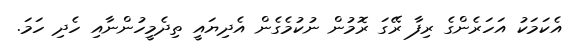
އެކަމަކު އަހަރެންގެ ރިފާ ރޭގަ ރޮމުން ނުކުމެގެން އެދިޔައީ ތިދެމީހުންނާއި ހެދި ހަމަ.